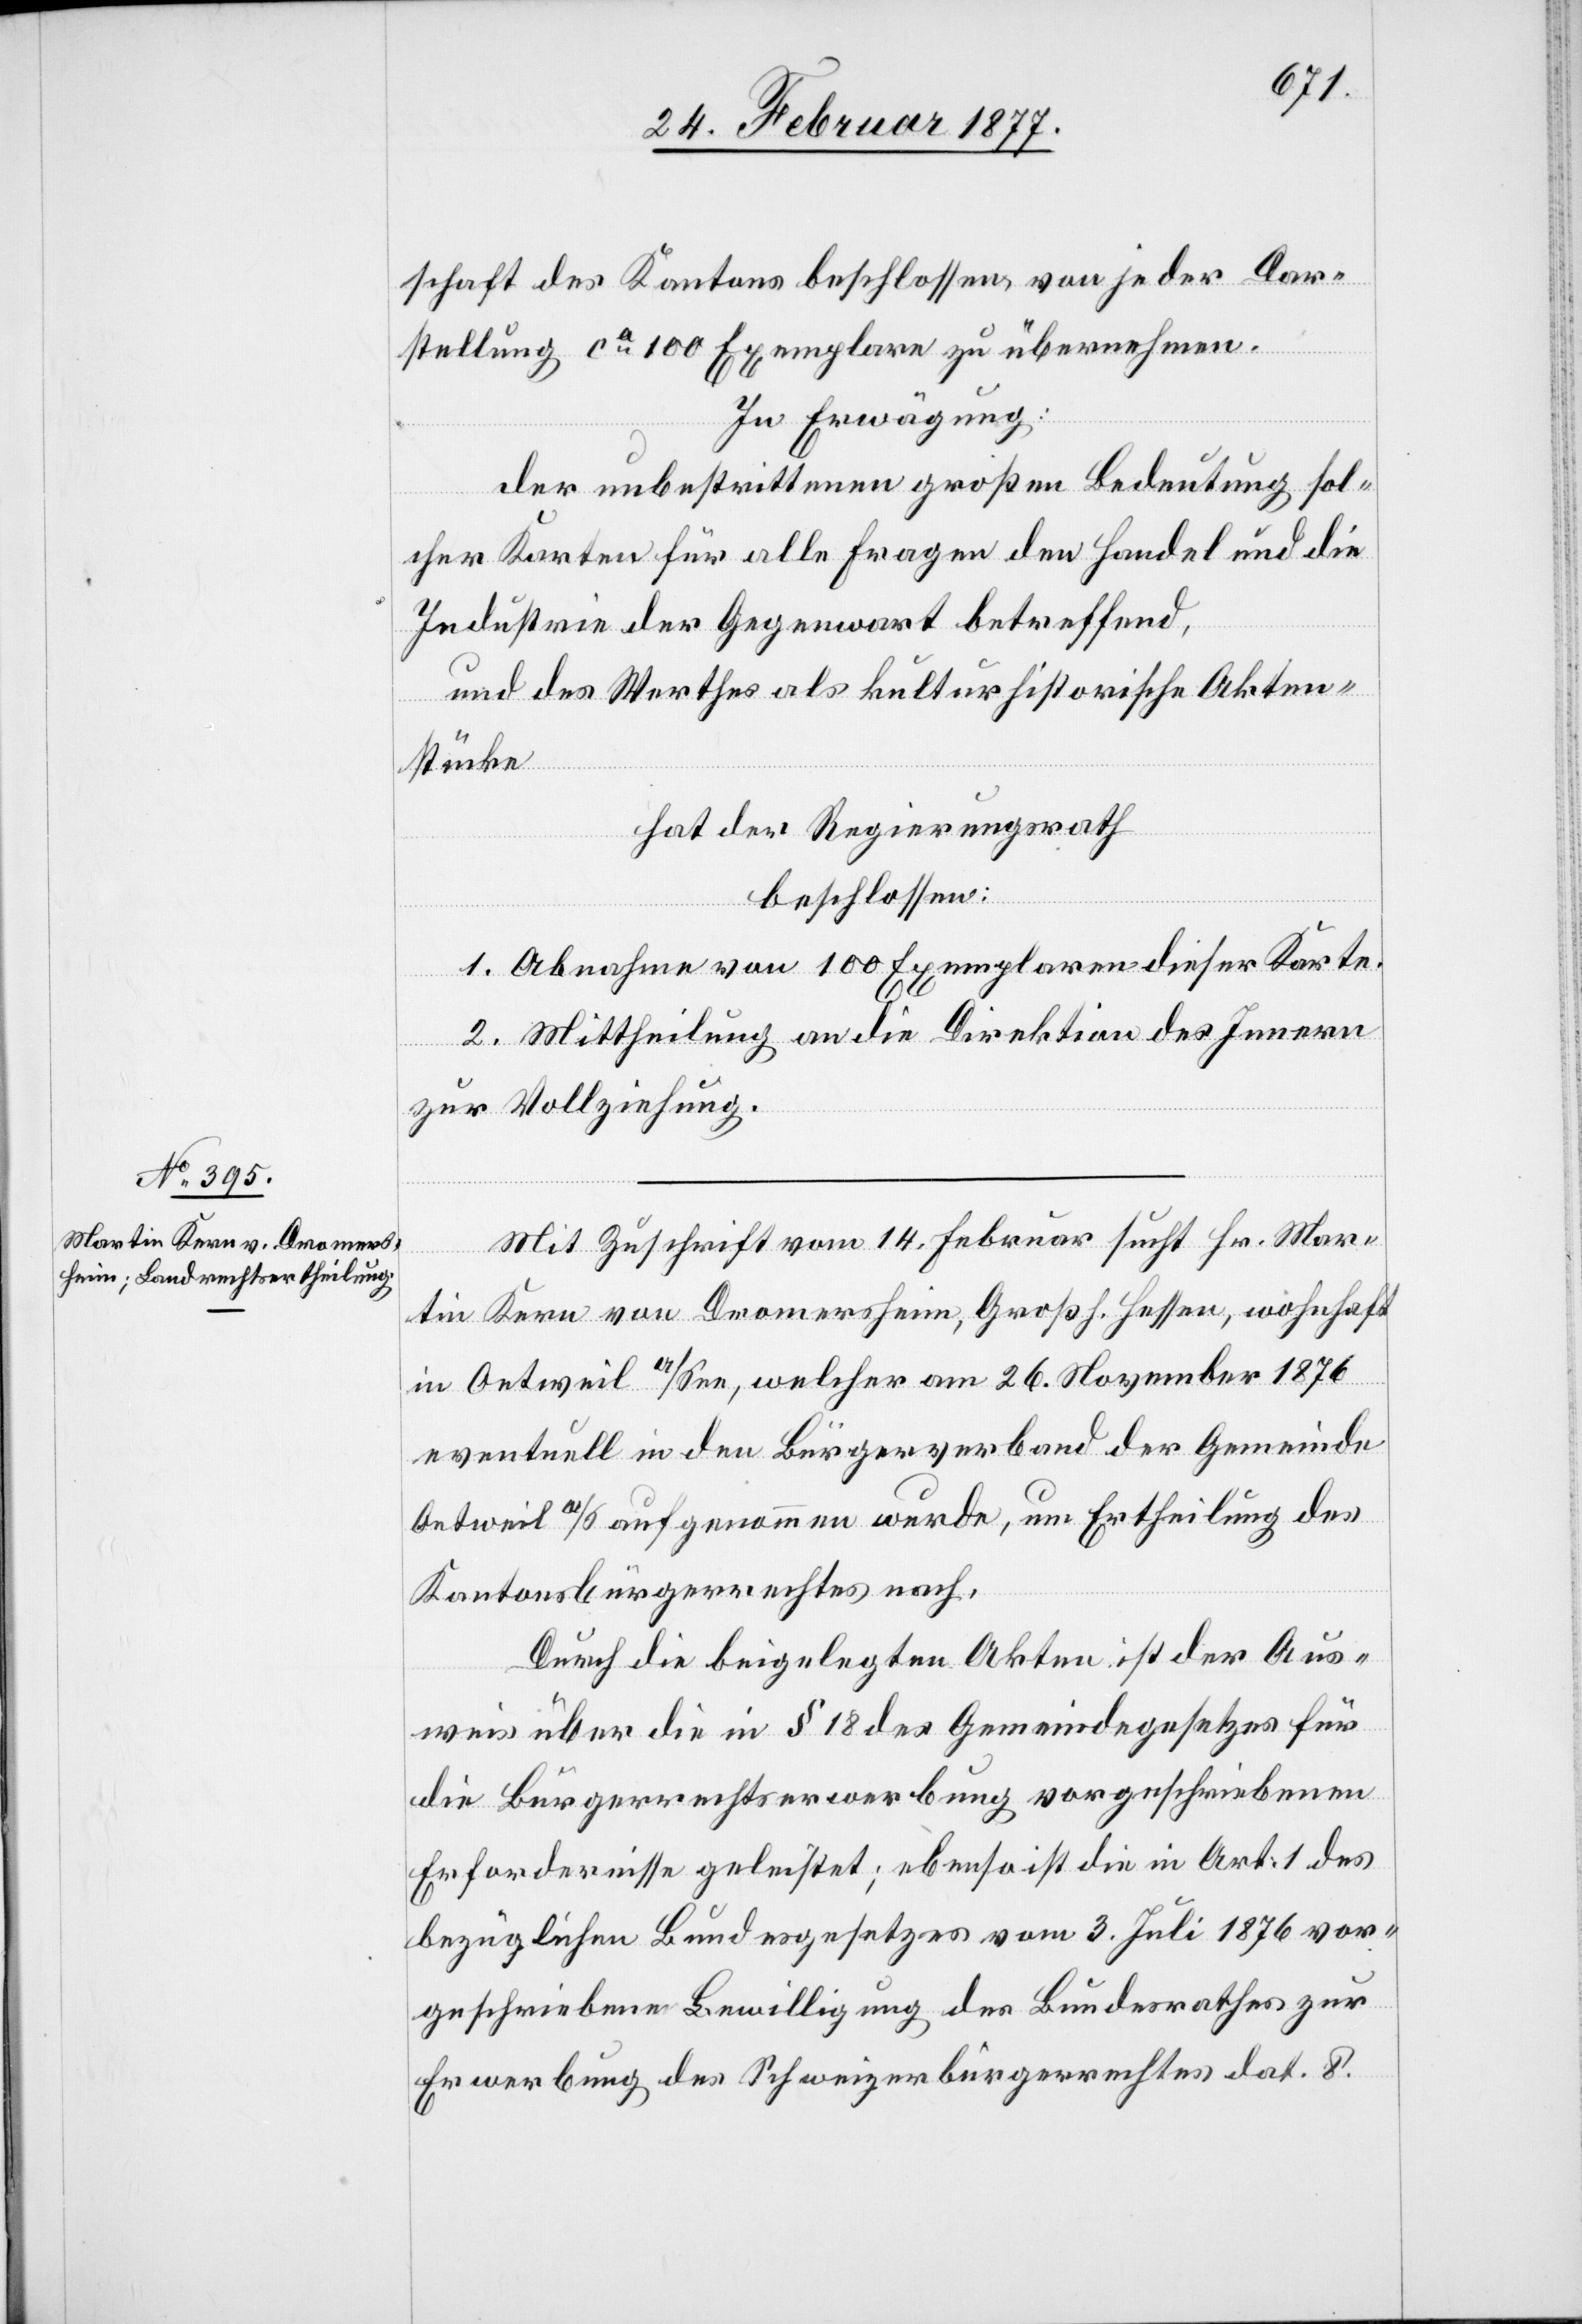
schaft des Kantons beschlossen, von jeder Dar¬
stellung ca 100 Exemplare zu übernehmen.
In Erwägung:
der unbestrittenen großen Bedeutung sol¬
cher Karten für alle Fragen den Handel und die
Industrie der Gegenwart betreffend,
und des Werthes als kulturhistorische Akten¬
stücke
hat der Regierungsrath,
beschlossen:
1. Abnahme von 100 Exemplaren dieser Karte.
2. Mittheilung an die Direktion des Innern
zur Vollziehung.
Mit Zuschrift vom 14. Februar sucht Hr. Mar¬
tin Kern von Dromersheim, Großh. Hessen, wohnhaft
in Oetweil a/See, welcher am 26. November 1876
eventuell in den Bürgerverband der Gemeinde
Oetweil a/S aufgenommen wurde, um Ertheilung des
Kantonsbürgerrechtes nach.
Durch die beigelegten Akten ist der Aus¬
weis über die in § 18 des Gemeindegesetzes für
die Bürgerrechtserwerbung vorgeschriebenen
Erfordernisse geleistet; ebenso ist die in Art. 1 des
bezüglichen Bundesgesetzes vom 3. Juli 1876 vor¬
geschriebene Bewilligung des Bundesrathes zur
Erwerbung des Schweizerbürgerrechtes dat. 8.